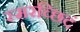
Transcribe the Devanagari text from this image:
स्मरच्छिदं